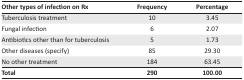
<table><thead><tr><td><b>Other types of infection on Rx</b></td><td><b>Frequency</b></td><td><b>Percentage</b></td></tr></thead><tbody><tr><td>Tuberculosis treatment</td><td>10</td><td>3.45</td></tr><tr><td>Fungal infection</td><td>6</td><td>2.07</td></tr><tr><td>Antibiotics other than for tuberculosis</td><td>5</td><td>1.73</td></tr><tr><td>Other diseases (specify)</td><td>85</td><td>29.30</td></tr><tr><td>No other treatment</td><td>184</td><td>63.45</td></tr><tr><td><b>Total</b></td><td><b>290</b></td><td><b>100.00</b></td></tr></tbody></table>